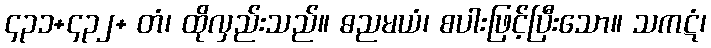
၄၃၁+၄၃၂+ တံ၊ ထိုလှည်းသည်။ ဓညမယံ၊ စပါးဖြင့်ပြီးသော။ သကဋံ၊